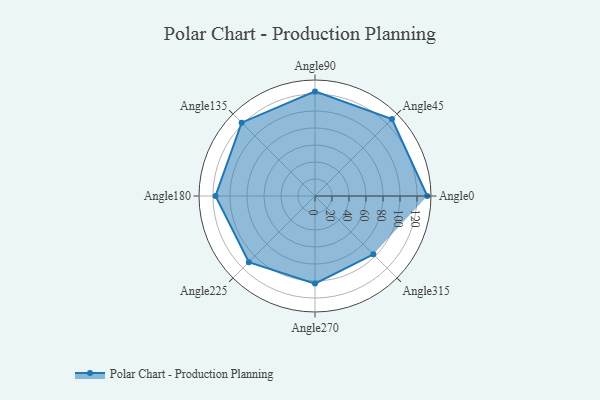
{"axis": {"x": "Angle", "y": "Radius"}, "legend": [""], "data": [{"x": "Angle0", "y": 132.0, "type": ""}, {"x": "Angle45", "y": 128.0, "type": ""}, {"x": "Angle90", "y": 123.0, "type": ""}, {"x": "Angle135", "y": 122.0, "type": ""}, {"x": "Angle180", "y": 117.0, "type": ""}, {"x": "Angle225", "y": 110.0, "type": ""}, {"x": "Angle270", "y": 103.0, "type": ""}, {"x": "Angle315", "y": 97.0, "type": ""}]}